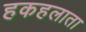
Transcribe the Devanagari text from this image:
हकहलाता